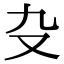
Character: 𠬚